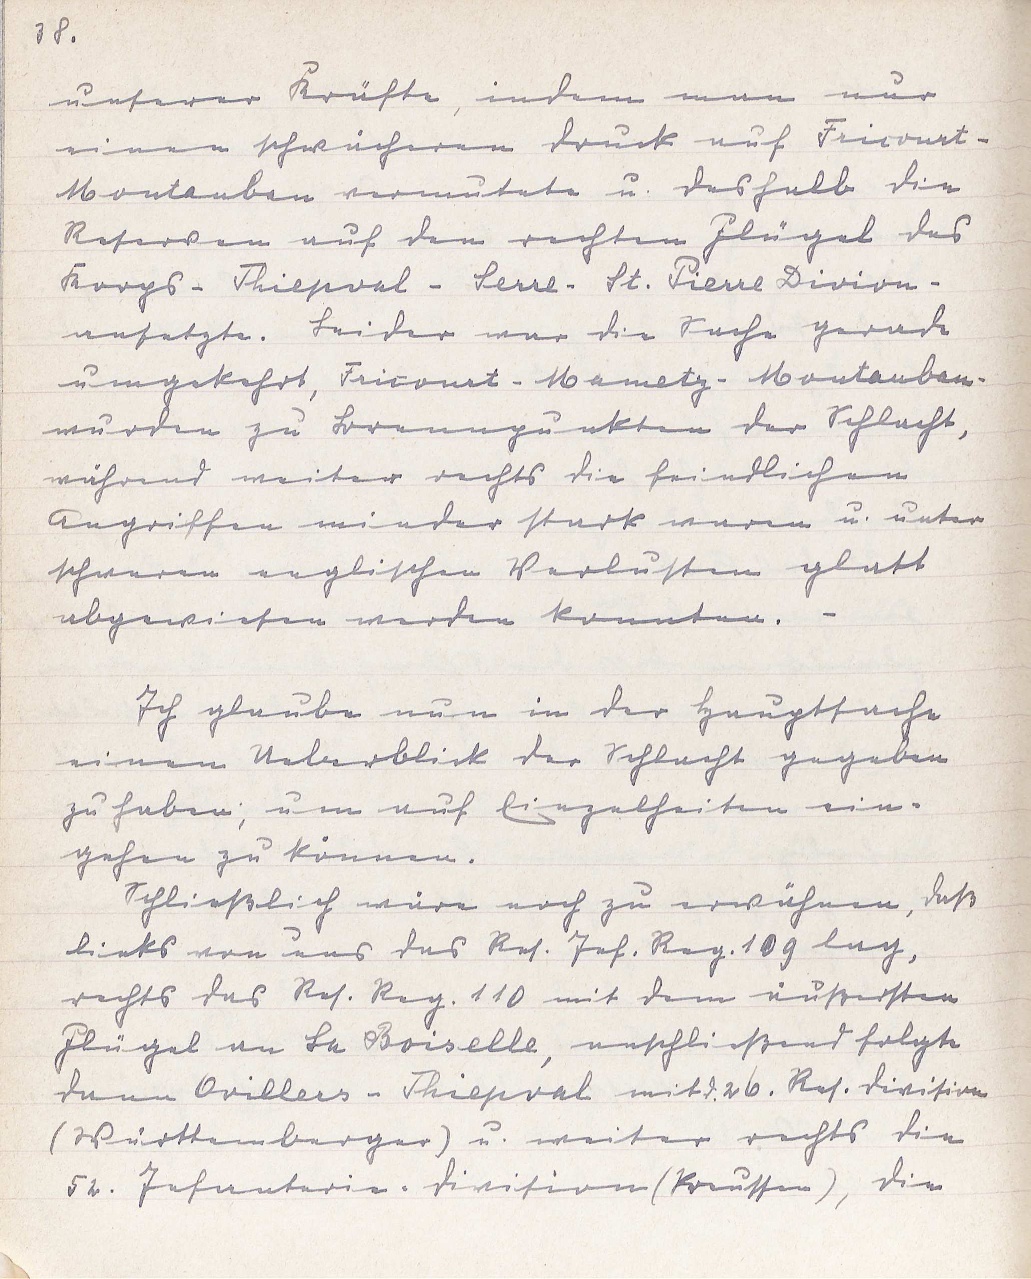
38.
unserer Kräfte, indem man nur
einen schwächeren Druck auf Fricourt-
Montauban vermutete u. deshalb die
Reserven auf den rechten Flügel des
Korps - Thiepval- Serre - St. Pierre Divion -
ansetzte. Leider war die Sache gerade
umgekehrt, Fricourt - Mametz - Moutauban -
wurden zu Brennpunkten der Schlacht,
während weiter rechts die feindlichen
Angriffen minder stark waren u. unter
schweren englischen Verlusten glatt
abgewiesen werden konnten. -
Ich glaube nun in der Hauptsache
einen Ueberblick der Schlacht gegeben
zu haben; um auf Einzelheiten ein¬
gehen zu können.
Schließlich wäre noch zu erwähnen, daß
links von uns das Res. Inf. Reg. 109 lag,
rechts das Res. Reg. 110 mit dem äußersten
Flügel an La Boiselle, anschließend folgte
dann Ovillers - Thiepval mit d. Res. Division
(Württemberger) u. weiter rechts die
52. Infanterie-Division (Preussen), die